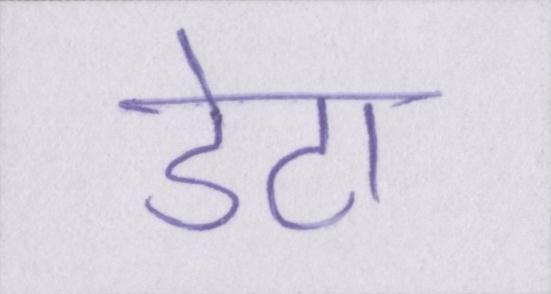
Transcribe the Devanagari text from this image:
डेटा